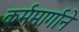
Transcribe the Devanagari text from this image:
कर्ममार्गाने